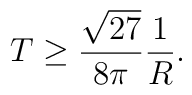
T \geq \frac{\sqrt{27}}{8\pi}\frac{1}{R}.